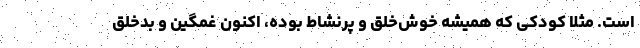
است. مثلا کودکی که همیشه خوش‌خلق و پرنشاط بوده، اکنون غمگین و بدخلق